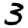
Digit: 3